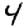
Digit: 4